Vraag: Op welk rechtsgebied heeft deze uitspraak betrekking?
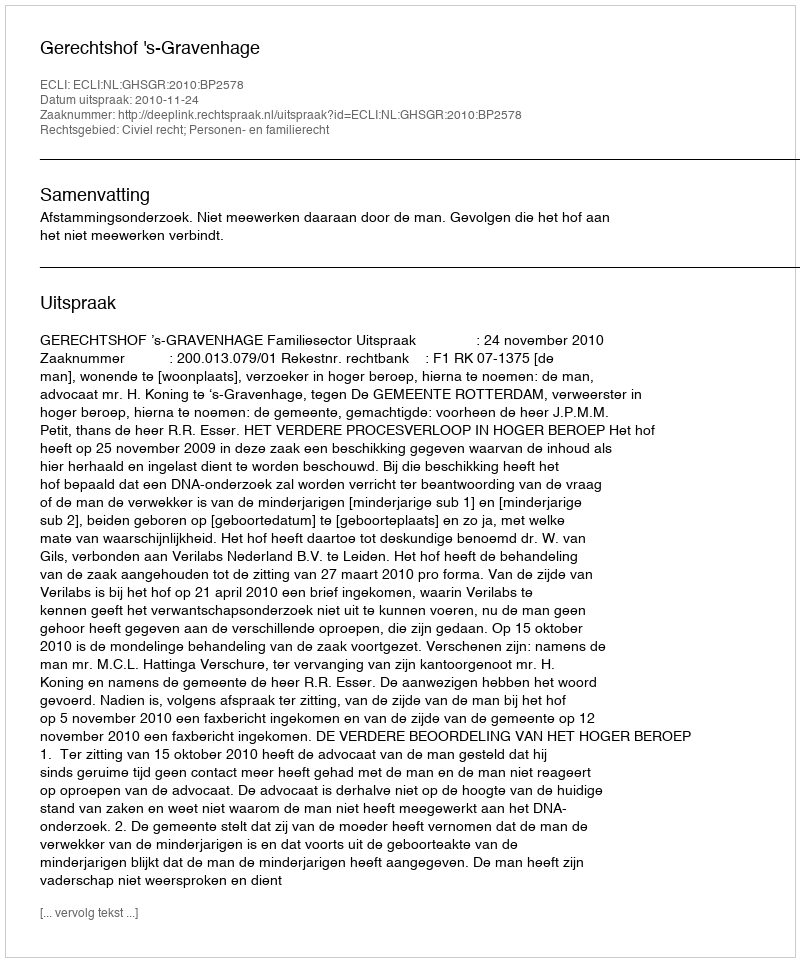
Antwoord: Civiel recht; Personen- en familierecht